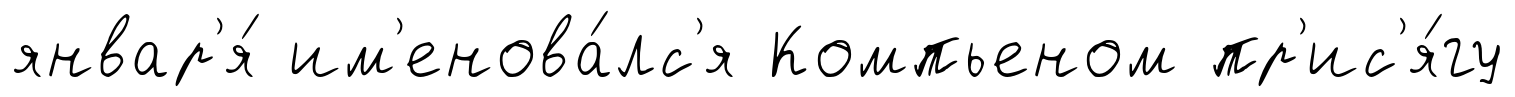
январ'я́ им'енова́лс'я Компьеном пр'ис'я́гу